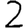
Digit: 2